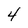
Character: 4